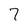
Character: 7